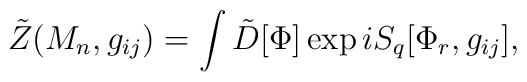
\tilde{Z}(M_{n},g_{ij})=\int\tilde{D}[\Phi]\exp iS_{q}[\Phi_{r},g_{ij}],